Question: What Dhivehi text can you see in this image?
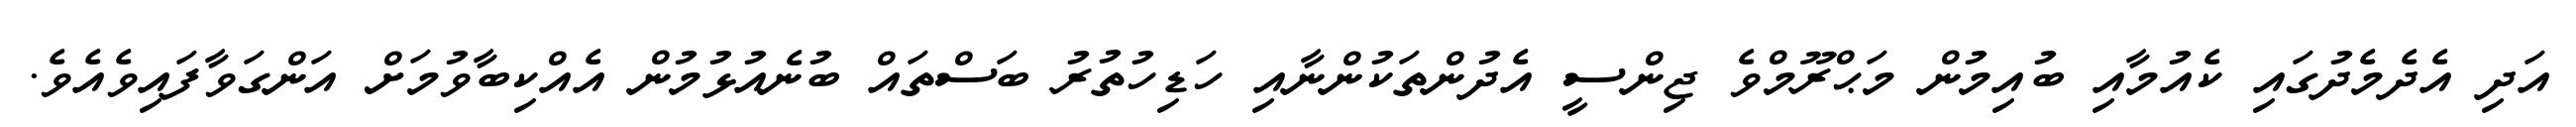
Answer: އަދި އެދެމެދުގައި ކެއުމާއި ބުއިމުން މަޙްރޫމްވެ ޖިންސީ އެދުންތަކުންނާއި ހަޑިހުތުރު ބަސްތައް ބުނެއުޅުމުން އެއްކިބާވުމަށް އަންގަވާފައިވެއެވެ.